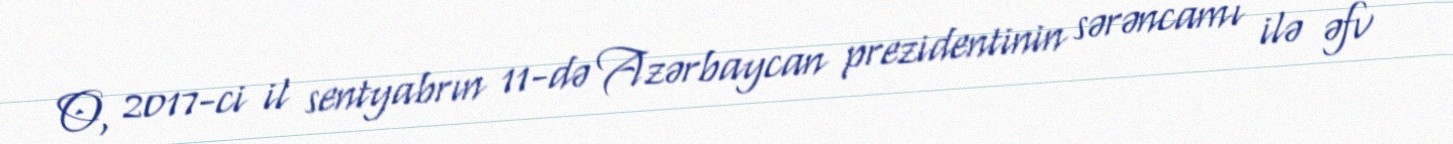
O, 2017-ci il sentyabrın 11-də Azərbaycan prezidentinin sərəncamı ilə əfv